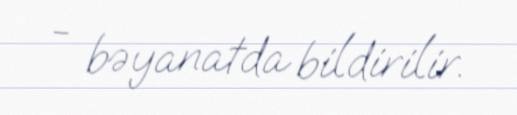
- bəyanatda bildirilir.